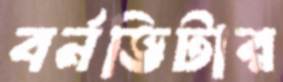
বর্নভিটার